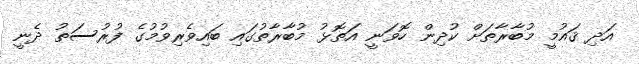
އަދި ޤައުމީ މުބާރާތަށް ކުދިން ހޮވަނީ އަތޮޅު މުބާރާތުގައި ބައިވެރިވުމުގެ ފުރުސަތު ދެނީ